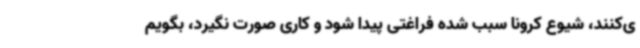
ی‌کنند، شیوع کرونا سبب شده فراغتی پیدا شود و کاری صورت نگیرد، بگویم